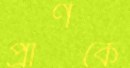
প্রাণকে